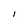
Character: I